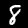
Label: 8